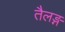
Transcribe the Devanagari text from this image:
तैलङ्ग